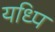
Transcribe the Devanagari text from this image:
यध्पि